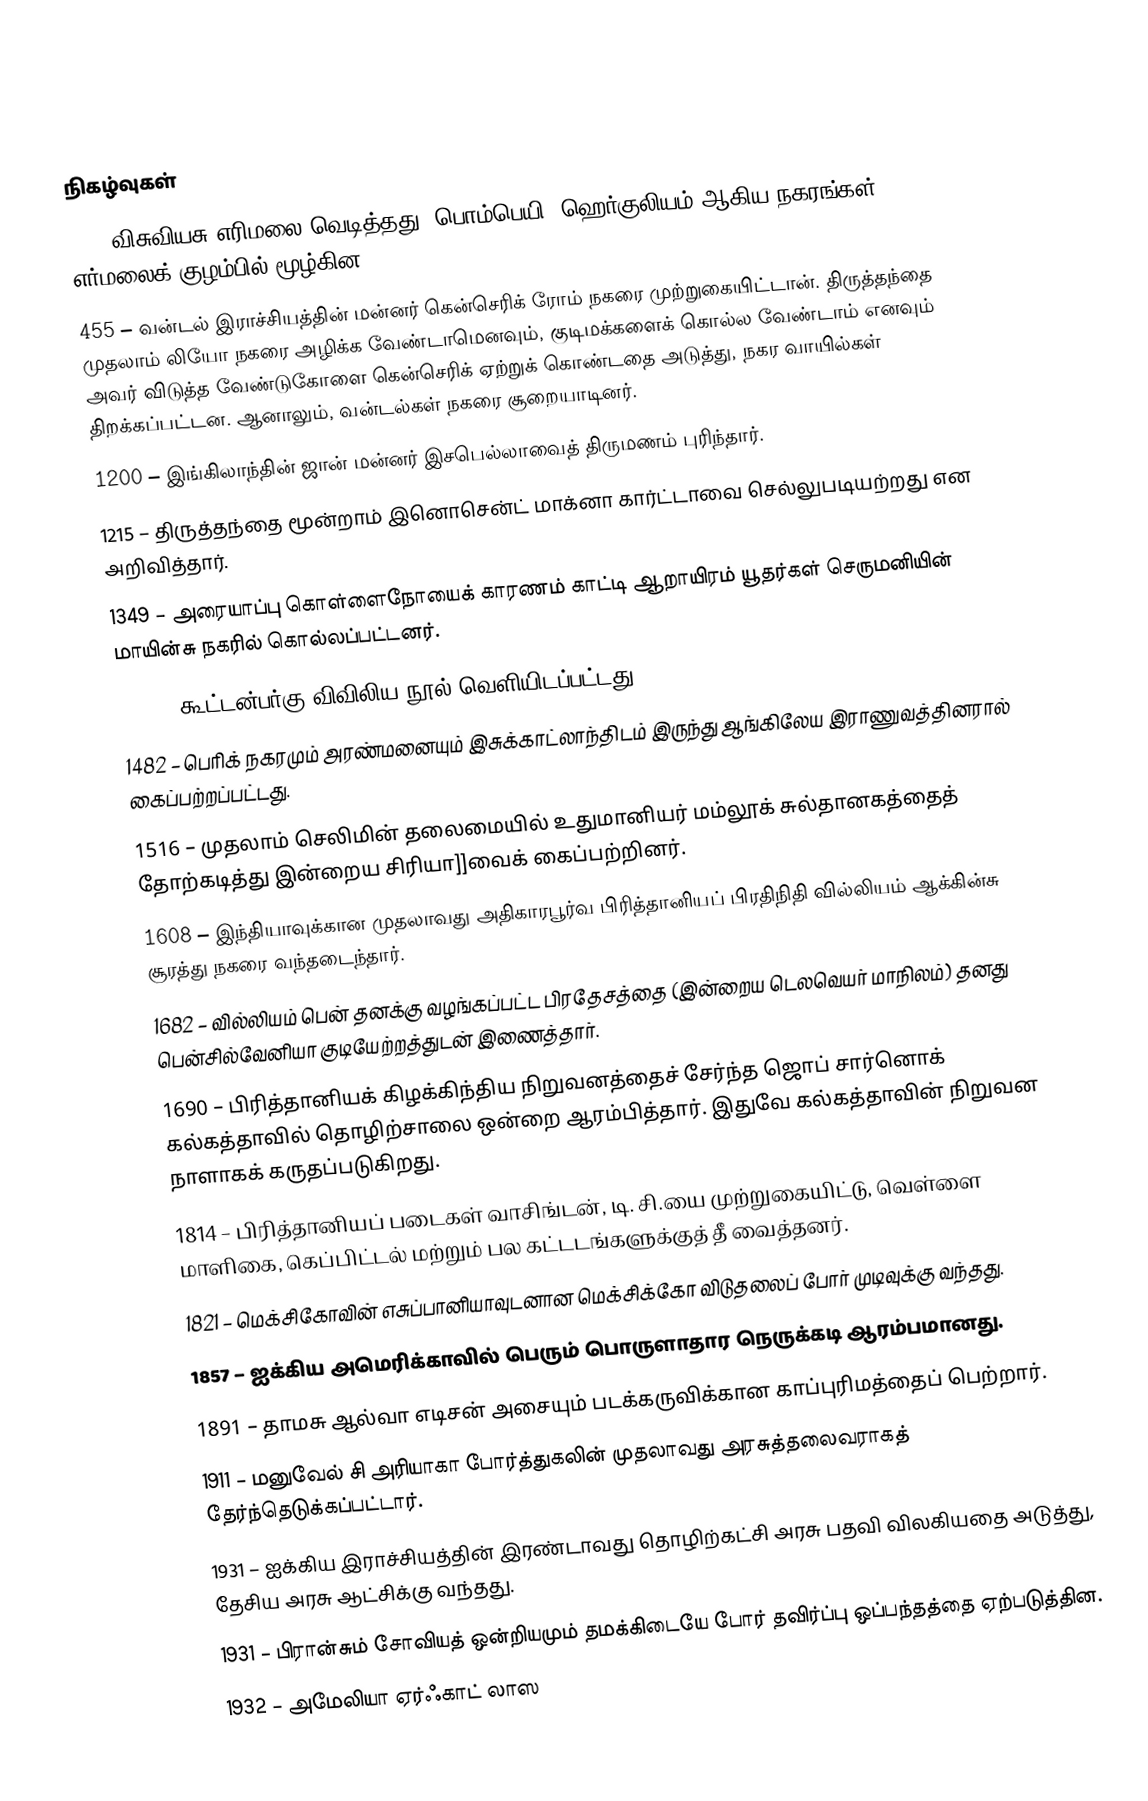

நிகழ்வுகள்
79 – விசுவியசு எரிமலை வெடித்தது. பொம்பெயி, ஹெர்குலியம் ஆகிய நகரங்கள் எர்மலைக் குழம்பில் மூழ்கின.
455 – வன்டல் இராச்சியத்தின் மன்னர் கென்செரிக் ரோம் நகரை முற்றுகையிட்டான். திருத்தந்தை முதலாம் லியோ நகரை அழிக்க வேண்டாமெனவும், குடிமக்களைக் கொல்ல வேண்டாம் எனவும் அவர் விடுத்த வேண்டுகோளை கென்செரிக் ஏற்றுக் கொண்டதை அடுத்து, நகர வாயில்கள் திறக்கப்பட்டன. ஆனாலும், வன்டல்கள் நகரை சூறையாடினர்.
1200 – இங்கிலாந்தின் ஜான் மன்னர் இசபெல்லாவைத் திருமணம் புரிந்தார்.
1215 – திருத்தந்தை மூன்றாம் இனொசென்ட் மாக்னா கார்ட்டாவை செல்லுபடியற்றது என அறிவித்தார்.
1349 – அரையாப்பு கொள்ளைநோயைக் காரணம் காட்டி ஆறாயிரம் யூதர்கள் செருமனியின் மாயின்சு நகரில் கொல்லப்பட்டனர்.
1456 – கூட்டன்பர்கு விவிலிய நூல் வெளியிடப்பட்டது.
1482 – பெரிக் நகரமும் அரண்மனையும் இசுக்காட்லாந்திடம் இருந்து ஆங்கிலேய இராணுவத்தினரால் கைப்பற்றப்பட்டது.
1516 – முதலாம் செலிமின் தலைமையில் உதுமானியர் மம்லூக் சுல்தானகத்தைத் தோற்கடித்து இன்றைய சிரியா]]வைக் கைப்பற்றினர்.
1608 – இந்தியாவுக்கான முதலாவது அதிகாரபூர்வ பிரித்தானியப் பிரதிநிதி வில்லியம் ஆக்கின்சு சூரத்து நகரை வந்தடைந்தார்.
1682 – வில்லியம் பென் தனக்கு வழங்கப்பட்ட பிரதேசத்தை (இன்றைய டெலவெயர் மாநிலம்) தனது பென்சில்வேனியா குடியேற்றத்துடன் இணைத்தார்.
1690 – பிரித்தானியக் கிழக்கிந்திய நிறுவனத்தைச் சேர்ந்த ஜொப் சார்னொக் கல்கத்தாவில் தொழிற்சாலை ஒன்றை ஆரம்பித்தார். இதுவே கல்கத்தாவின் நிறுவன நாளாகக் கருதப்படுகிறது.
1814 – பிரித்தானியப் படைகள் வாசிங்டன், டி. சி.யை முற்றுகையிட்டு, வெள்ளை மாளிகை, கெப்பிட்டல் மற்றும் பல கட்டடங்களுக்குத் தீ வைத்தனர்.
1821 – மெக்சிகோவின் எசுப்பானியாவுடனான மெக்சிக்கோ விடுதலைப் போர் முடிவுக்கு வந்தது.
1857 – ஐக்கிய அமெரிக்காவில் பெரும் பொருளாதார நெருக்கடி ஆரம்பமானது.
1891 – தாமசு ஆல்வா எடிசன் அசையும் படக்கருவிக்கான காப்புரிமத்தைப் பெற்றார்.
1911 – மனுவேல் சி அரியாகா போர்த்துகலின் முதலாவது அரசுத்தலைவராகத் தேர்ந்தெடுக்கப்பட்டார்.
1931 – ஐக்கிய இராச்சியத்தின் இரண்டாவது தொழிற்கட்சி அரசு பதவி விலகியதை அடுத்து, தேசிய அரசு ஆட்சிக்கு வந்தது.
1931 – பிரான்சும் சோவியத் ஒன்றியமும் தமக்கிடையே போர் தவிர்ப்பு ஒப்பந்தத்தை ஏற்படுத்தின.
1932 – அமேலியா ஏர்ஃகாட் லாஸ